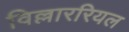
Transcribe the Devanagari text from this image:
विल्लाररियल